Annual report on the mental hospital in the Central Provinces and Berar (Nagpur) - 1927-1951
Year: 1927
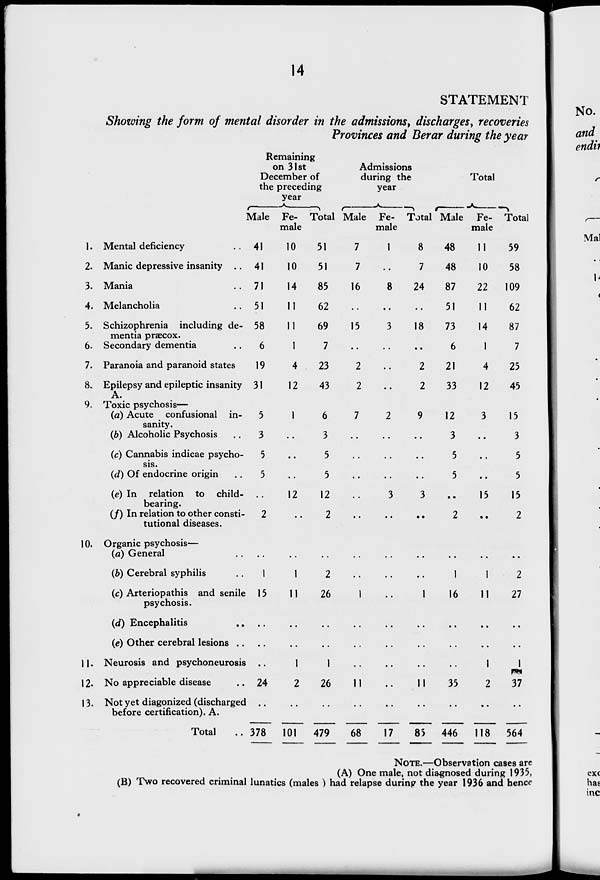
14
STATEMENT
Showing the form of mental disorder in the admissions, discharges, recoveries
Provinces and Berar during the year
1.
2.
3.
4.
5.
6.
7.
8.
9.
10.
11.
12.
13.
Mental deficiency ..
Manic depressive insanity ..
Mania ..
Melancholia ..
Schizophrenia including de-
mentia præcox.
Secondary dementia ..
Paranoia and paranoid states
Epilepsy and epileptic insanity
A.
Toxic psychosis-
(a) Acute confusional in-
sanity.
(b) Alcoholic Psychosis ..
(c) Cannabis indicae psycho-
sis
(d) Of endocrine origin ..
(e) In relation to child-
bearing.
(f) In relation to other consti-
tutional diseases.
Organic psychosis—
(a) General ..
(b) Cerebral syphilis ..
(c) Arteriopathis and senile
psychosis.
(d) Encephalitis ..
(e) Other cerebral lesions ..
Neurosis and psychoneurosis
No appreciable disease
Not yet diagonized (discharged
before certification). A.
Total ..
Remaining
on 31st
December of
the preceding
year
Male
41
41
71
51
58
6
19
31
5
3
5
5
..
2
..
1
15
..
..
..
24
..
378
Fe-
male
10
10
14
11
11
1
4
12
1
..
..
..
12
..
..
1
11
..
..
1
2
..
101
Total
51
51
85
62
69
7
23
43
6
3
5
5
12
2
..
2
26
..
..
1
26
..
479
Admissions
during the
year
Male
7
7
16
..
15
..
2
2
7
..
..
..
..
..
..
..
1
..
..
..
11
..
68
Fe-
male
1
..
8
..
3
..
..
..
2
..
..
..
3
..
..
..
..
..
..
..
..
..
17
Total
8
7
24
..
18
..
2
2
9
..
..
..
3
..
..
..
1
..
..
..
11
..
85
Total
Male
48
48
87
51
73
6
21
33
12
3
5
5
..
2
..
1
16
..
..
..
35
..
446
Fe-
male
11
10
22
11
14
1
4
12
3
..
..
..
15
..
..
1
11
..
..
1
2
..
118
Total
59
58
109
62
87
7
25
45
15
3
5
5
15
2
..
2
27
..
..
1
37
..
564
NOTE.—Observation cases are
(A) One male, not diagnosed during 1935,
(B) Two recovered criminal lunatics (males ) had relapse during the year 1936 and hence